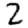
Digit: 2